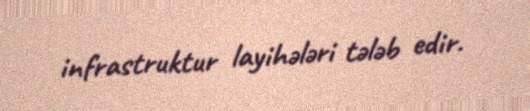
infrastruktur layihələri tələb edir.